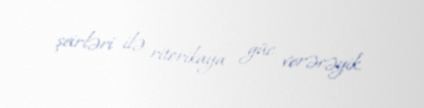
şeirləri ilə ritorikaya güc verəcəyik.